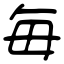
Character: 毎